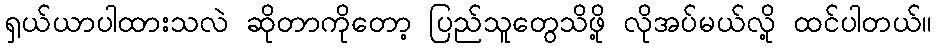
ရှယ်ယာပါထားသလဲ ဆိုတာကိုတော့ ပြည်သူတွေသိဖို့ လိုအပ်မယ်လို့ ထင်ပါတယ်။